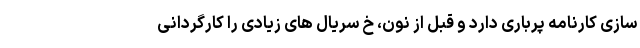
سازی کارنامه پرباری دارد و قبل از نون، خ سریال های زیادی را کارگردانی